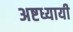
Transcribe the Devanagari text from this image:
अष्टध्यायी